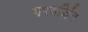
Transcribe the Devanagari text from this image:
परवर्द्धित